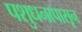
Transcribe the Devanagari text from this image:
पशुधनापासून